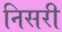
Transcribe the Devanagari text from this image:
निसरी